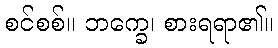
စင်စစ်။ ဘက္ခေ၊ စားရရာ၏။